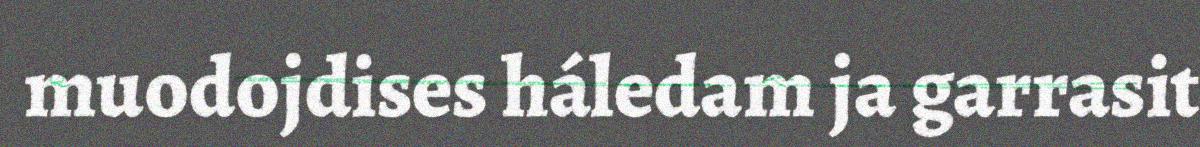
muodojdises háledam ja garrasit